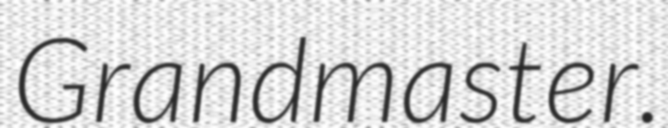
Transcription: Grandmaster.